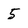
Character: 5